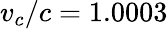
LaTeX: v_{c}/c=1.0003